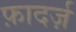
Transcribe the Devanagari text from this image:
फ़ादर्ज़